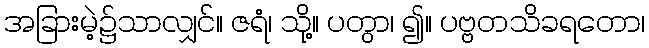
အခြားမဲ့၌သာလျှင်။ ဇရံ၊ သို့။ ပတွာ၊ ၍။ ပဗ္ဗတသိခရတော၊